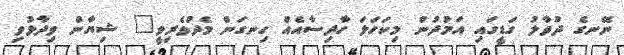
ނޭނގެ ދުވާލު ގަޑީގައި އަމުދުން މިކަހަލަ ހާދިސާއެއް ހިނގަން މެދުވެރިވީ" ޝިޔާން ވިދާޅުވި